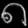
Digit: ၈